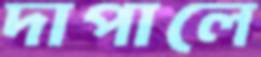
দাপালে